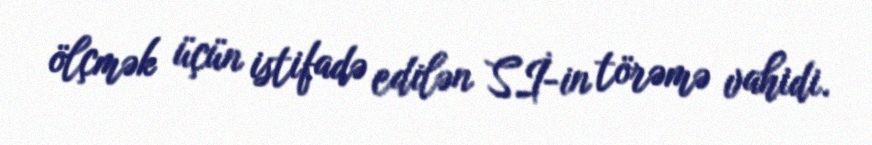
ölçmək üçün istifadə edilən Sİ-in törəmə vahidi.